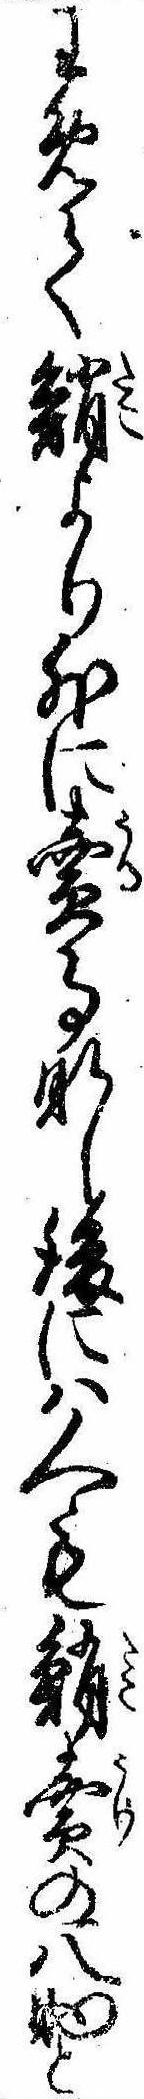
わめて鮹より外に売事なし後には人も鮹売の八助と